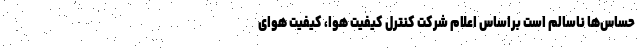
حساس‌ها ناسالم است براساس اعلام شرکت کنترل کیفیت هوا، کیفیت هوای